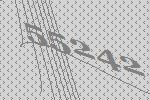
55242